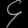
Digit: ၄